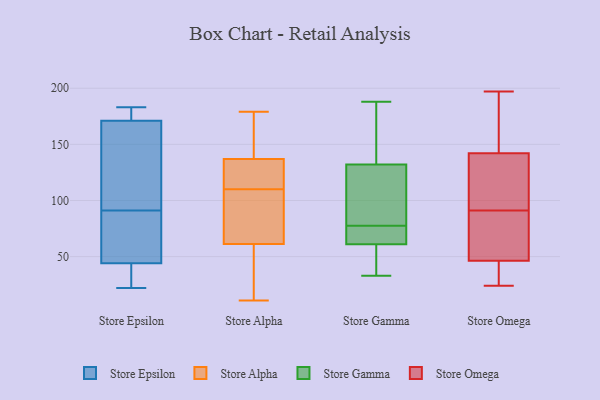
{"axis": {"x": "Churn Rate (%)", "y": "Value"}, "legend": ["Store Alpha", "Store Epsilon", "Store Gamma", "Store Omega"], "data": [{"x": "", "y": 78, "type": "Store Epsilon"}, {"x": "", "y": 60, "type": "Store Epsilon"}, {"x": "", "y": 183, "type": "Store Epsilon"}, {"x": "", "y": 172, "type": "Store Epsilon"}, {"x": "", "y": 74, "type": "Store Epsilon"}, {"x": "", "y": 140, "type": "Store Epsilon"}, {"x": "", "y": 142, "type": "Store Epsilon"}, {"x": "", "y": 37, "type": "Store Epsilon"}, {"x": "", "y": 42, "type": "Store Epsilon"}, {"x": "", "y": 180, "type": "Store Epsilon"}, {"x": "", "y": 39, "type": "Store Epsilon"}, {"x": "", "y": 38, "type": "Store Epsilon"}, {"x": "", "y": 175, "type": "Store Epsilon"}, {"x": "", "y": 180, "type": "Store Epsilon"}, {"x": "", "y": 22, "type": "Store Epsilon"}, {"x": "", "y": 154, "type": "Store Epsilon"}, {"x": "", "y": 50, "type": "Store Epsilon"}, {"x": "", "y": 168, "type": "Store Epsilon"}, {"x": "", "y": 91, "type": "Store Epsilon"}, {"x": "", "y": 11, "type": "Store Alpha"}, {"x": "", "y": 83, "type": "Store Alpha"}, {"x": "", "y": 12, "type": "Store Alpha"}, {"x": "", "y": 138, "type": "Store Alpha"}, {"x": "", "y": 27, "type": "Store Alpha"}, {"x": "", "y": 112, "type": "Store Alpha"}, {"x": "", "y": 110, "type": "Store Alpha"}, {"x": "", "y": 80, "type": "Store Alpha"}, {"x": "", "y": 99, "type": "Store Alpha"}, {"x": "", "y": 134, "type": "Store Alpha"}, {"x": "", "y": 55, "type": "Store Alpha"}, {"x": "", "y": 140, "type": "Store Alpha"}, {"x": "", "y": 126, "type": "Store Alpha"}, {"x": "", "y": 179, "type": "Store Alpha"}, {"x": "", "y": 140, "type": "Store Alpha"}, {"x": "", "y": 188, "type": "Store Gamma"}, {"x": "", "y": 104, "type": "Store Gamma"}, {"x": "", "y": 132, "type": "Store Gamma"}, {"x": "", "y": 66, "type": "Store Gamma"}, {"x": "", "y": 167, "type": "Store Gamma"}, {"x": "", "y": 62, "type": "Store Gamma"}, {"x": "", "y": 61, "type": "Store Gamma"}, {"x": "", "y": 47, "type": "Store Gamma"}, {"x": "", "y": 89, "type": "Store Gamma"}, {"x": "", "y": 33, "type": "Store Gamma"}, {"x": "", "y": 83, "type": "Store Omega"}, {"x": "", "y": 88, "type": "Store Omega"}, {"x": "", "y": 153, "type": "Store Omega"}, {"x": "", "y": 197, "type": "Store Omega"}, {"x": "", "y": 24, "type": "Store Omega"}, {"x": "", "y": 120, "type": "Store Omega"}, {"x": "", "y": 154, "type": "Store Omega"}, {"x": "", "y": 33, "type": "Store Omega"}, {"x": "", "y": 121, "type": "Store Omega"}, {"x": "", "y": 91, "type": "Store Omega"}, {"x": "", "y": 111, "type": "Store Omega"}, {"x": "", "y": 38, "type": "Store Omega"}, {"x": "", "y": 37, "type": "Store Omega"}, {"x": "", "y": 71, "type": "Store Omega"}, {"x": "", "y": 149, "type": "Store Omega"}]}